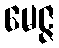
မေဇ္ဇ